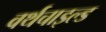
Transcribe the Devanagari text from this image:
वर्थचाइल्ड